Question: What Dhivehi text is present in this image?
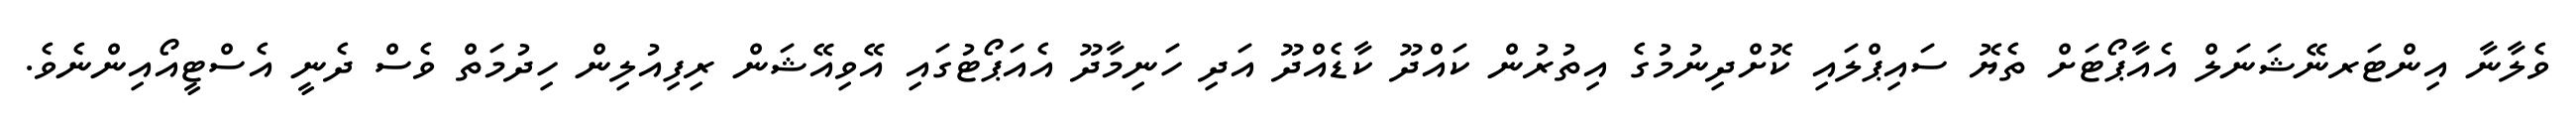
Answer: ވެލާނާ އިންޓަރނޭޝަނަލް އެއާޕޯޓަށް ތެޔޮ ސައިޕްލައި ކޮށްދިނުމުގެ އިތުރުން ކައްދޫ ކާޑެއްދޫ އަދި ހަނިމާދޫ އެއަޕޯޓުގައި އޭވިއޭޝަން ރިފިއުލިން ހިދުމަތް ވެސް ދެނީ އެސްޓީއޯއިންނެވެ.